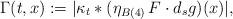
LaTeX: \begin{align*} \Gamma(t,x) := |\kappa_t \ast (\eta_{B(4)}\, F \cdot d_s g )(x)|,\end{align*}